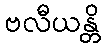
ဗလီယန္တိ